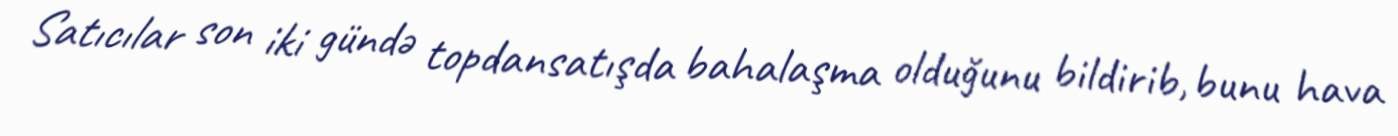
Satıcılar son iki gündə topdansatışda bahalaşma olduğunu bildirib, bunu hava